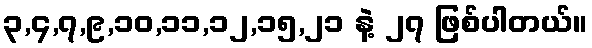
၃,၄,၇,၉,၁၀,၁၁,၁၂,၁၅,၂၁ နဲ့ ၂၇ ဖြစ်ပါတယ်။